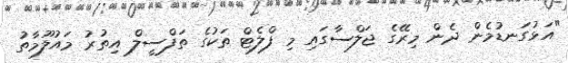
"އަޅުގަނޑުމެން ދެން މިރޭގެ ޖަލްސާގައި މި ފްލެޓް ތަކުގެ ތަފްސީލް އިތުރު މައުލޫމާތު